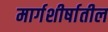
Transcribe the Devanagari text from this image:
मार्गशीर्षातील